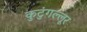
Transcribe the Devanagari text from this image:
कुटुंगल्लूर